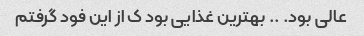
عالی بود. ‌.. بهترین غذایی بود ک از این فود گرفتم